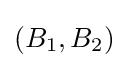
(B_{1},B_{2})